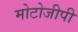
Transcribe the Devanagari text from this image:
मोटोजीपी